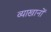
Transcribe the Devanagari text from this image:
व्याखानों